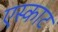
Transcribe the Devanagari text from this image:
एस्काट